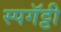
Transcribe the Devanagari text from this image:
स्पगॅट्टी